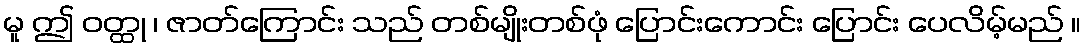
မူ ဤ ဝတ္ထု ၊ ဇာတ်ကြောင်း သည် တစ်မျိုးတစ်ဖုံ ပြောင်းကောင်း ပြောင်း ပေလိမ့်မည် ။